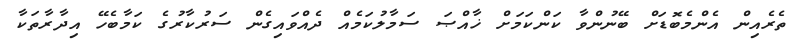
ތެރެއިން އެންމެބޮޑަށް ބޭނުންވާ ކަންކަމަށް ޚާއްޞަ ސަމާލުކަމެއް ދެއްވައިގެން ސަރުކާރުގެ ކަމާބެހޭ އިދާރާތަކާ